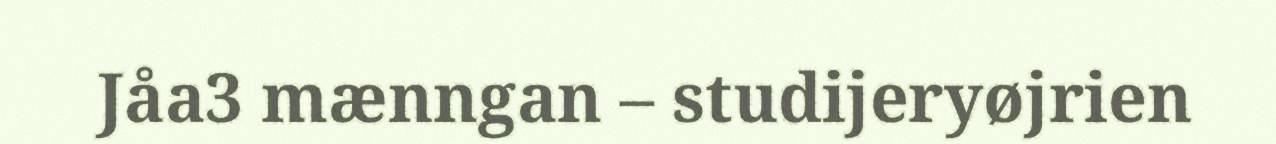
Jåa3 mænngan – studijeryøjrien